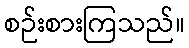
စဉ်းစားကြသည်။